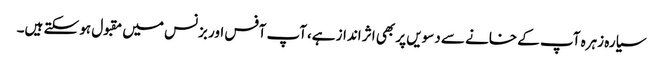
سیارہ زہرہ آپ کے خانے سے دسویں پر بھی اثر انداز ہے،آپ آفس اور بزنس میں مقبول ہو سکتے ہیں۔